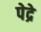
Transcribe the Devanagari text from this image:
पेद्रे